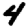
Digit: 4